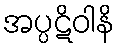
အပ္ပဋိဝါနိ